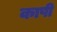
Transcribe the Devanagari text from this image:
काषी